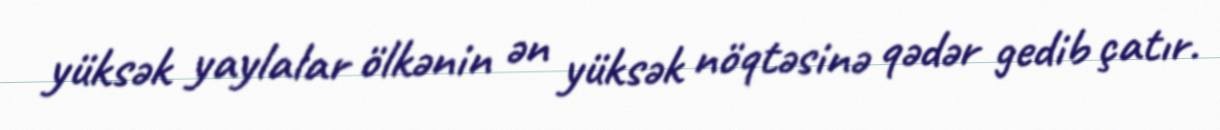
yüksək yaylalar ölkənin ən yüksək nöqtəsinə qədər gedib çatır.